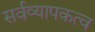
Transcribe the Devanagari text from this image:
सर्वव्यापकत्व